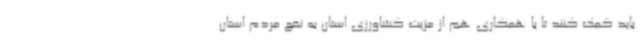
باید کمک کنند تا با همکاری هم از مزیت کشاورزی استان به نفع مردم استان